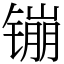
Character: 镚